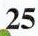
25